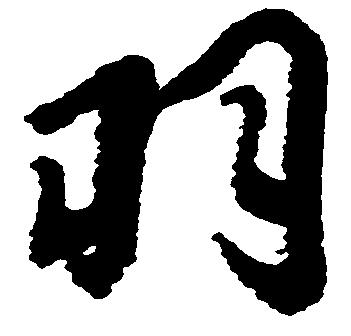
羽